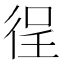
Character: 徎